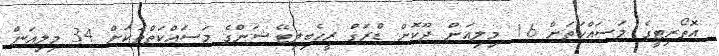
އޮތޯރިޓީގެ މަސައްކަތަށް 16 މިލިއަން ދޫކޮށް ޑްރަގް ރީހެބިލިޓޭޝަންގެ މަސައްކަތްތަކަށް 34 މިލިއަން